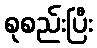
စုစည်းပြီး